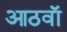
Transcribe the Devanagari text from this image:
आठवाॅ